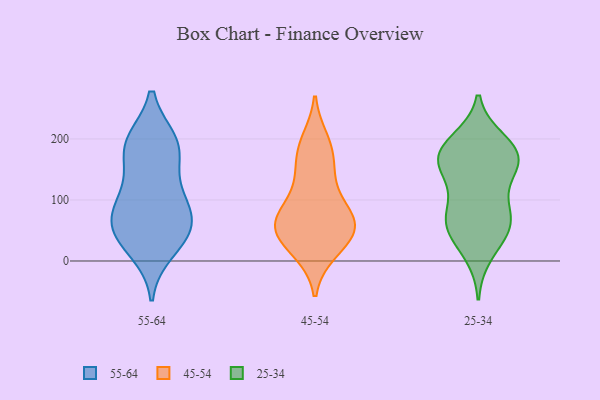
{"axis": {"x": "Market Share (%)", "y": "Value"}, "legend": ["25-34", "45-54", "55-64"], "data": [{"x": "", "y": 194, "type": "55-64"}, {"x": "", "y": 55, "type": "55-64"}, {"x": "", "y": 181, "type": "55-64"}, {"x": "", "y": 108, "type": "55-64"}, {"x": "", "y": 103, "type": "55-64"}, {"x": "", "y": 92, "type": "55-64"}, {"x": "", "y": 19, "type": "55-64"}, {"x": "", "y": 56, "type": "55-64"}, {"x": "", "y": 48, "type": "55-64"}, {"x": "", "y": 192, "type": "55-64"}, {"x": "", "y": 48, "type": "55-64"}, {"x": "", "y": 183, "type": "55-64"}, {"x": "", "y": 55, "type": "45-54"}, {"x": "", "y": 197, "type": "45-54"}, {"x": "", "y": 85, "type": "45-54"}, {"x": "", "y": 68, "type": "45-54"}, {"x": "", "y": 189, "type": "45-54"}, {"x": "", "y": 141, "type": "45-54"}, {"x": "", "y": 64, "type": "45-54"}, {"x": "", "y": 138, "type": "45-54"}, {"x": "", "y": 15, "type": "45-54"}, {"x": "", "y": 56, "type": "45-54"}, {"x": "", "y": 173, "type": "45-54"}, {"x": "", "y": 60, "type": "45-54"}, {"x": "", "y": 43, "type": "45-54"}, {"x": "", "y": 15, "type": "45-54"}, {"x": "", "y": 43, "type": "45-54"}, {"x": "", "y": 97, "type": "45-54"}, {"x": "", "y": 148, "type": "25-34"}, {"x": "", "y": 70, "type": "25-34"}, {"x": "", "y": 175, "type": "25-34"}, {"x": "", "y": 171, "type": "25-34"}, {"x": "", "y": 54, "type": "25-34"}, {"x": "", "y": 147, "type": "25-34"}, {"x": "", "y": 188, "type": "25-34"}, {"x": "", "y": 98, "type": "25-34"}, {"x": "", "y": 12, "type": "25-34"}, {"x": "", "y": 162, "type": "25-34"}, {"x": "", "y": 76, "type": "25-34"}, {"x": "", "y": 57, "type": "25-34"}, {"x": "", "y": 173, "type": "25-34"}, {"x": "", "y": 50, "type": "25-34"}, {"x": "", "y": 196, "type": "25-34"}]}